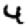
Digit: 4